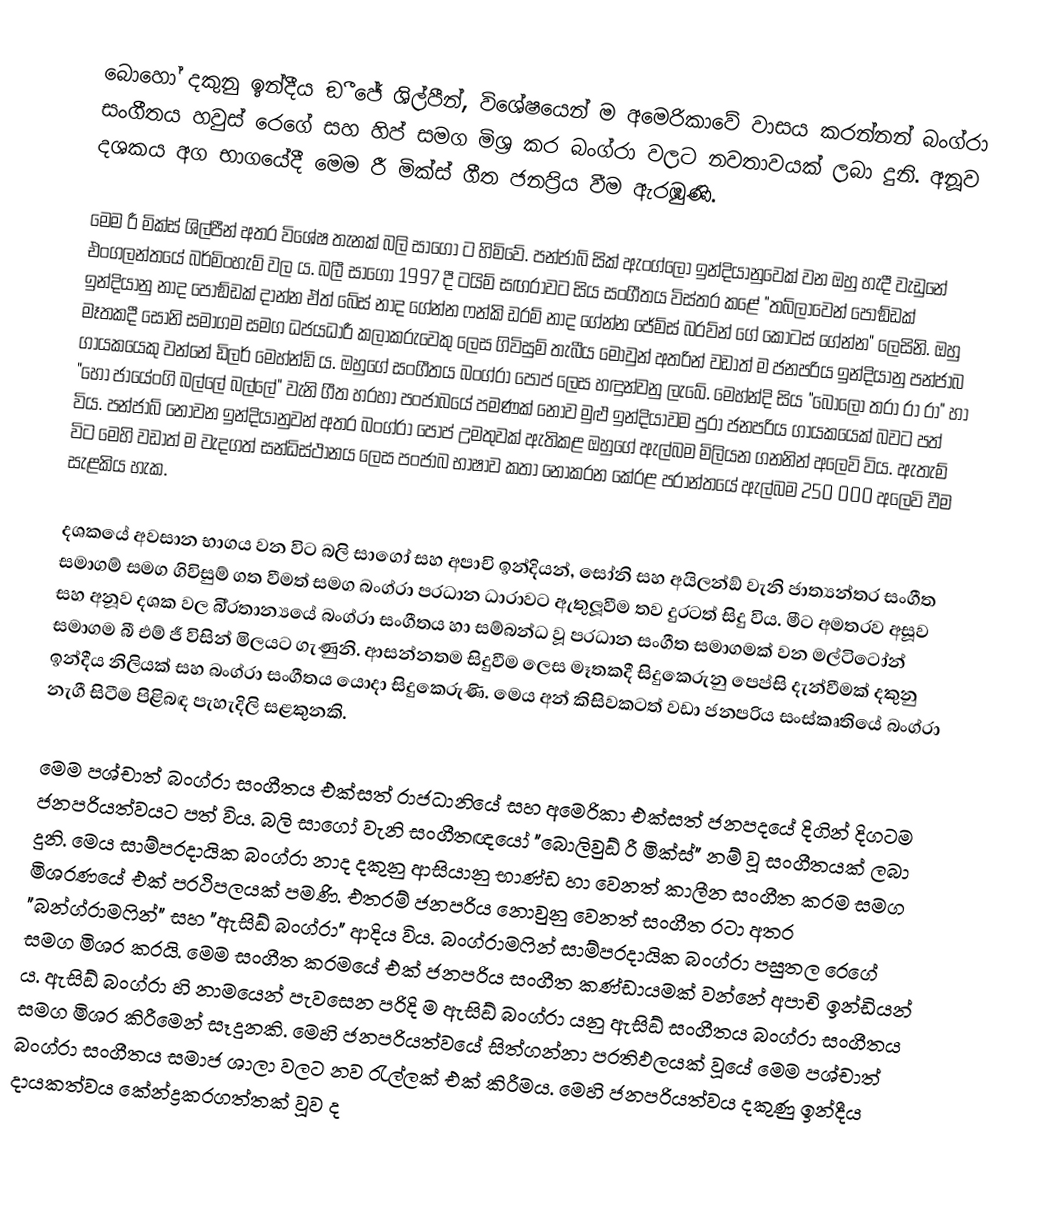
බොහෝ දකුනු ඉන්දීය ඞී ජේ ශිල්පීන්, විශේෂයෙන් ම අමෙරිකාවේ වාසය කරන්නන් බංග්රා සංගීතය හවුස් රෙගේ සහ හිප් සමග මිශ‍්‍ර කර බංග්රා වලට නවතාවයක් ලබා දුනි. අනූව දශකය අග භාගයේදී මෙම රී මික්ස් ගීත ජනප‍්‍රිය වීම ඇරඹුණි.

මෙම රී මික්ස් ශිල්පීන් අතර විශේෂ තැනක් බලි සාගෝ ට හිමිවේ. පන්ජාබ් සික් ඇංග්ලෝ ඉන්දියානුවෙක් වන ඔහු හැදී වැඩුනේ එංගලන්තයේ බර්මිංහැම් වල ය. බලී සාගෝ 1997 දී ටයිම් සඟරාවට සිය සංගීතය විස්තර කළේ "තබ්ලාවෙන් පොඞ්ඩක් ඉන්දියානු නාද පොඞ්ඩක් දාන්න ඒත් බේස් නාද  ගේන්න ෆන්කි ඩ‍්‍රම් නාද  ගේන්න ජේම්ස් බ‍්‍රව්න් ගේ කොටස් ගේන්න"  ලෙසිනි. ඔහු මෑතකදී සෝනි සමාගම සමග ධජයධාරී කලාකරුවෙකු ලෙස ගිවිසුම් තැබීය මොවුන් අතරින් වඩාත් ම ජනප‍්‍රිය ඉන්දියානු පන්ජාබ ගායකයෙකු වන්නේ ඩිලර් මෙහ්න්ඩි ය. ඔහුගේ සංගීතය බංග්රා පොප් ලෙස හඳුන්වනු ලැබේ. මෙහ්න්දි  සිය "බොලො තරා රා රා" හා "හෝ ජායේංගි බල්ලේ බල්ලේ" වැනි ගීත හරහා පංජාබයේ පමණක් නොව මුළු ඉන්දියාවම පුරා ජනප‍්‍රිය ගායකයෙක් බවට පත් විය. පන්ජාබ් නොවන ඉන්දියානුවන් අතර බංග්රා පොප් උමතුවක් ඇතිකළ ඔහුගේ ඇල්බම මිලියන ගනනින් අලෙවි විය. ඇතැම් විට මෙහි වඩාත් ම වැදගත් සන්ධිස්ථානය ලෙස පංජාබ භාෂාව කතා නොකරන කේරළ ප‍්‍රාන්තයේ ඇල්බම 250 000 අලෙවි වීම සැළකිය හැක.

දශකයේ අවසාන භාගය වන විට බලි සාගෝ සහ අපාචි ඉන්දියන්, සෝනි සහ අයිලන්ඞ් වැනි ජාත්‍යන්තර සංගීත සමාගම් සමග ගිවිසුම් ගත වීමත් සමග බංග්රා ප‍්‍රධාන ධාරාවට ඇතුලූවීම තව දුරටත් සිදු විය. මීට අමතරව අසූව සහ අනූව දශක වල බි‍්‍රතාන්‍යයේ බංග්රා සංගීතය හා සම්බන්ධ වූ ප‍්‍රධාන සංගීත සමාගමක් වන මල්ටිටෝන් සමාගම බී එම් ජී විසින් මිලයට ගැණුනි. ආසන්නතම සිදුවීම ලෙස මෑතකදී සිදුකෙරුනු පෙප්සි දැන්වීමක් දකුනු ඉන්දීය නිලියක් සහ බංග්රා සංගීතය යොදා සිදුකෙරුණි. මෙය අන් කිසිවකටත් වඩා ජනප‍්‍රිය සංස්කෘතියේ බංග්රා නැගී සිටීම පිළිබඳ පැහැදිලි සළකුනකි.

මෙම පශ්චාත් බංග්රා සංගීතය එක්සත් රාජධානියේ සහ අමෙරිකා එක්සත් ජනපදයේ දිගින් දිගටම ජනප‍්‍රියත්වයට පත් විය. බලි සාගෝ වැනි සංගීතඥයෝ "බොලිවුඞ් රී මික්ස්" නම් වූ සංගීතයක් ලබා දුනි. මෙය සාම්ප‍්‍රදායික බංග්රා නාද දකුනු ආසියානු භාණ්ඩ හා වෙනත් කාලීන සංගීත ක‍්‍රම සමග මිශ‍්‍රණයේ එක් ප‍්‍රථිපලයක් පමණි. එතරම් ජනප‍්‍රිය නොවුනු වෙනත් සංගීත රටා අතර "බන්ග්රාමෆින්" සහ "ඇසිඞ් බංග්රා" ආදිය විය. බංග්රාමෆින් සාම්ප‍්‍රදායික බංග්රා පසුතල රෙගේ සමග මිශ‍්‍ර කරයි. මෙම සංගීත ක‍්‍රමයේ එක් ජනප‍්‍රිය සංගීත කණ්ඩායමක් වන්නේ අපාචි ඉන්ඩියන් ය. ඇසිඞ් බංග්රා හි නාමයෙන් පැවසෙන පරිදි ම ඇසිඞ් බංග්රා යනු ඇසිඞ් සංගීතය බංග්රා සංගීතය සමග මිශ‍්‍ර කිරීමෙන් සෑදුනකි. මෙහි ජනප‍්‍රියත්වයේ සිත්ගන්නා ප‍්‍රතිඵලයක් වූයේ මෙම පශ්චාත් බංග්රා සංගීතය සමාජ ශාලා වලට නව රැල්ලක් එක් කිරීමය. මෙහි ජනප‍්‍රියත්වය දකුණු ඉන්දීය දායකත්වය කේන්ද්‍රකරගත්තක් වූව ද